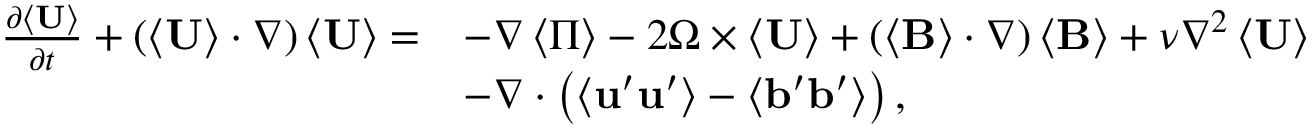
\begin{array} { r l } { \frac { \partial \left\langle \mathbf { U } \right\rangle } { \partial t } + \left( \left\langle \mathbf { U } \right\rangle \cdot \nabla \right) \left\langle \mathbf { U } \right\rangle = } & { - \nabla \left\langle \Pi \right\rangle - 2 \boldsymbol { \Omega } \times \langle \mathbf { U } \rangle + \left( \left\langle \mathbf { B } \right\rangle \cdot \nabla \right) \left\langle \mathbf { B } \right\rangle + \nu \nabla ^ { 2 } \left\langle \mathbf { U } \right\rangle } \\ & { - \nabla \cdot \left( \left\langle \mathbf { u } ^ { \prime } \mathbf { u } ^ { \prime } \right\rangle - \left\langle \mathbf { b } ^ { \prime } \mathbf { b } ^ { \prime } \right\rangle \right) , } \end{array}